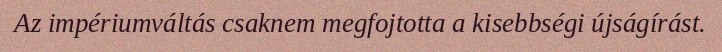
Az impériumváltás csaknem megfojtotta a kisebbségi újságírást.